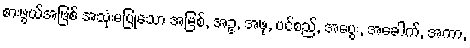
စားဖွယ်အဖြစ် အသုံးမပြုသော အမြစ်, အဥ, အဖု, ပင်စည်, အပွေး, အခေါက်, အကာ,